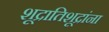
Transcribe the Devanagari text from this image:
शूद्रातिशूद्रांना